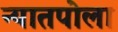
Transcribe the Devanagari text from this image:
न्यातपोला